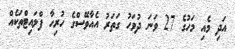
އަދި މެއި މަހުގެ 27 ވަނަ ދުވަހު ގަތަރު އެއާވޭސްގެ ހުރިހާ ފްލައިޓްތަކެއް